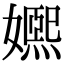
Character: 㜯